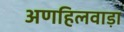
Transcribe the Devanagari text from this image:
अणहिलवाड़ा